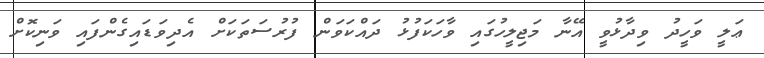
ޢަލީ ވަހީދު ވިދާޅުވީ އޭނާ މަޖިލީހުގައި ވާހަކަފުޅު ދައްކަވަން ފުރުސަތަކަށް އެދިވަޑައިގެންފައި ވަނިކޮށް